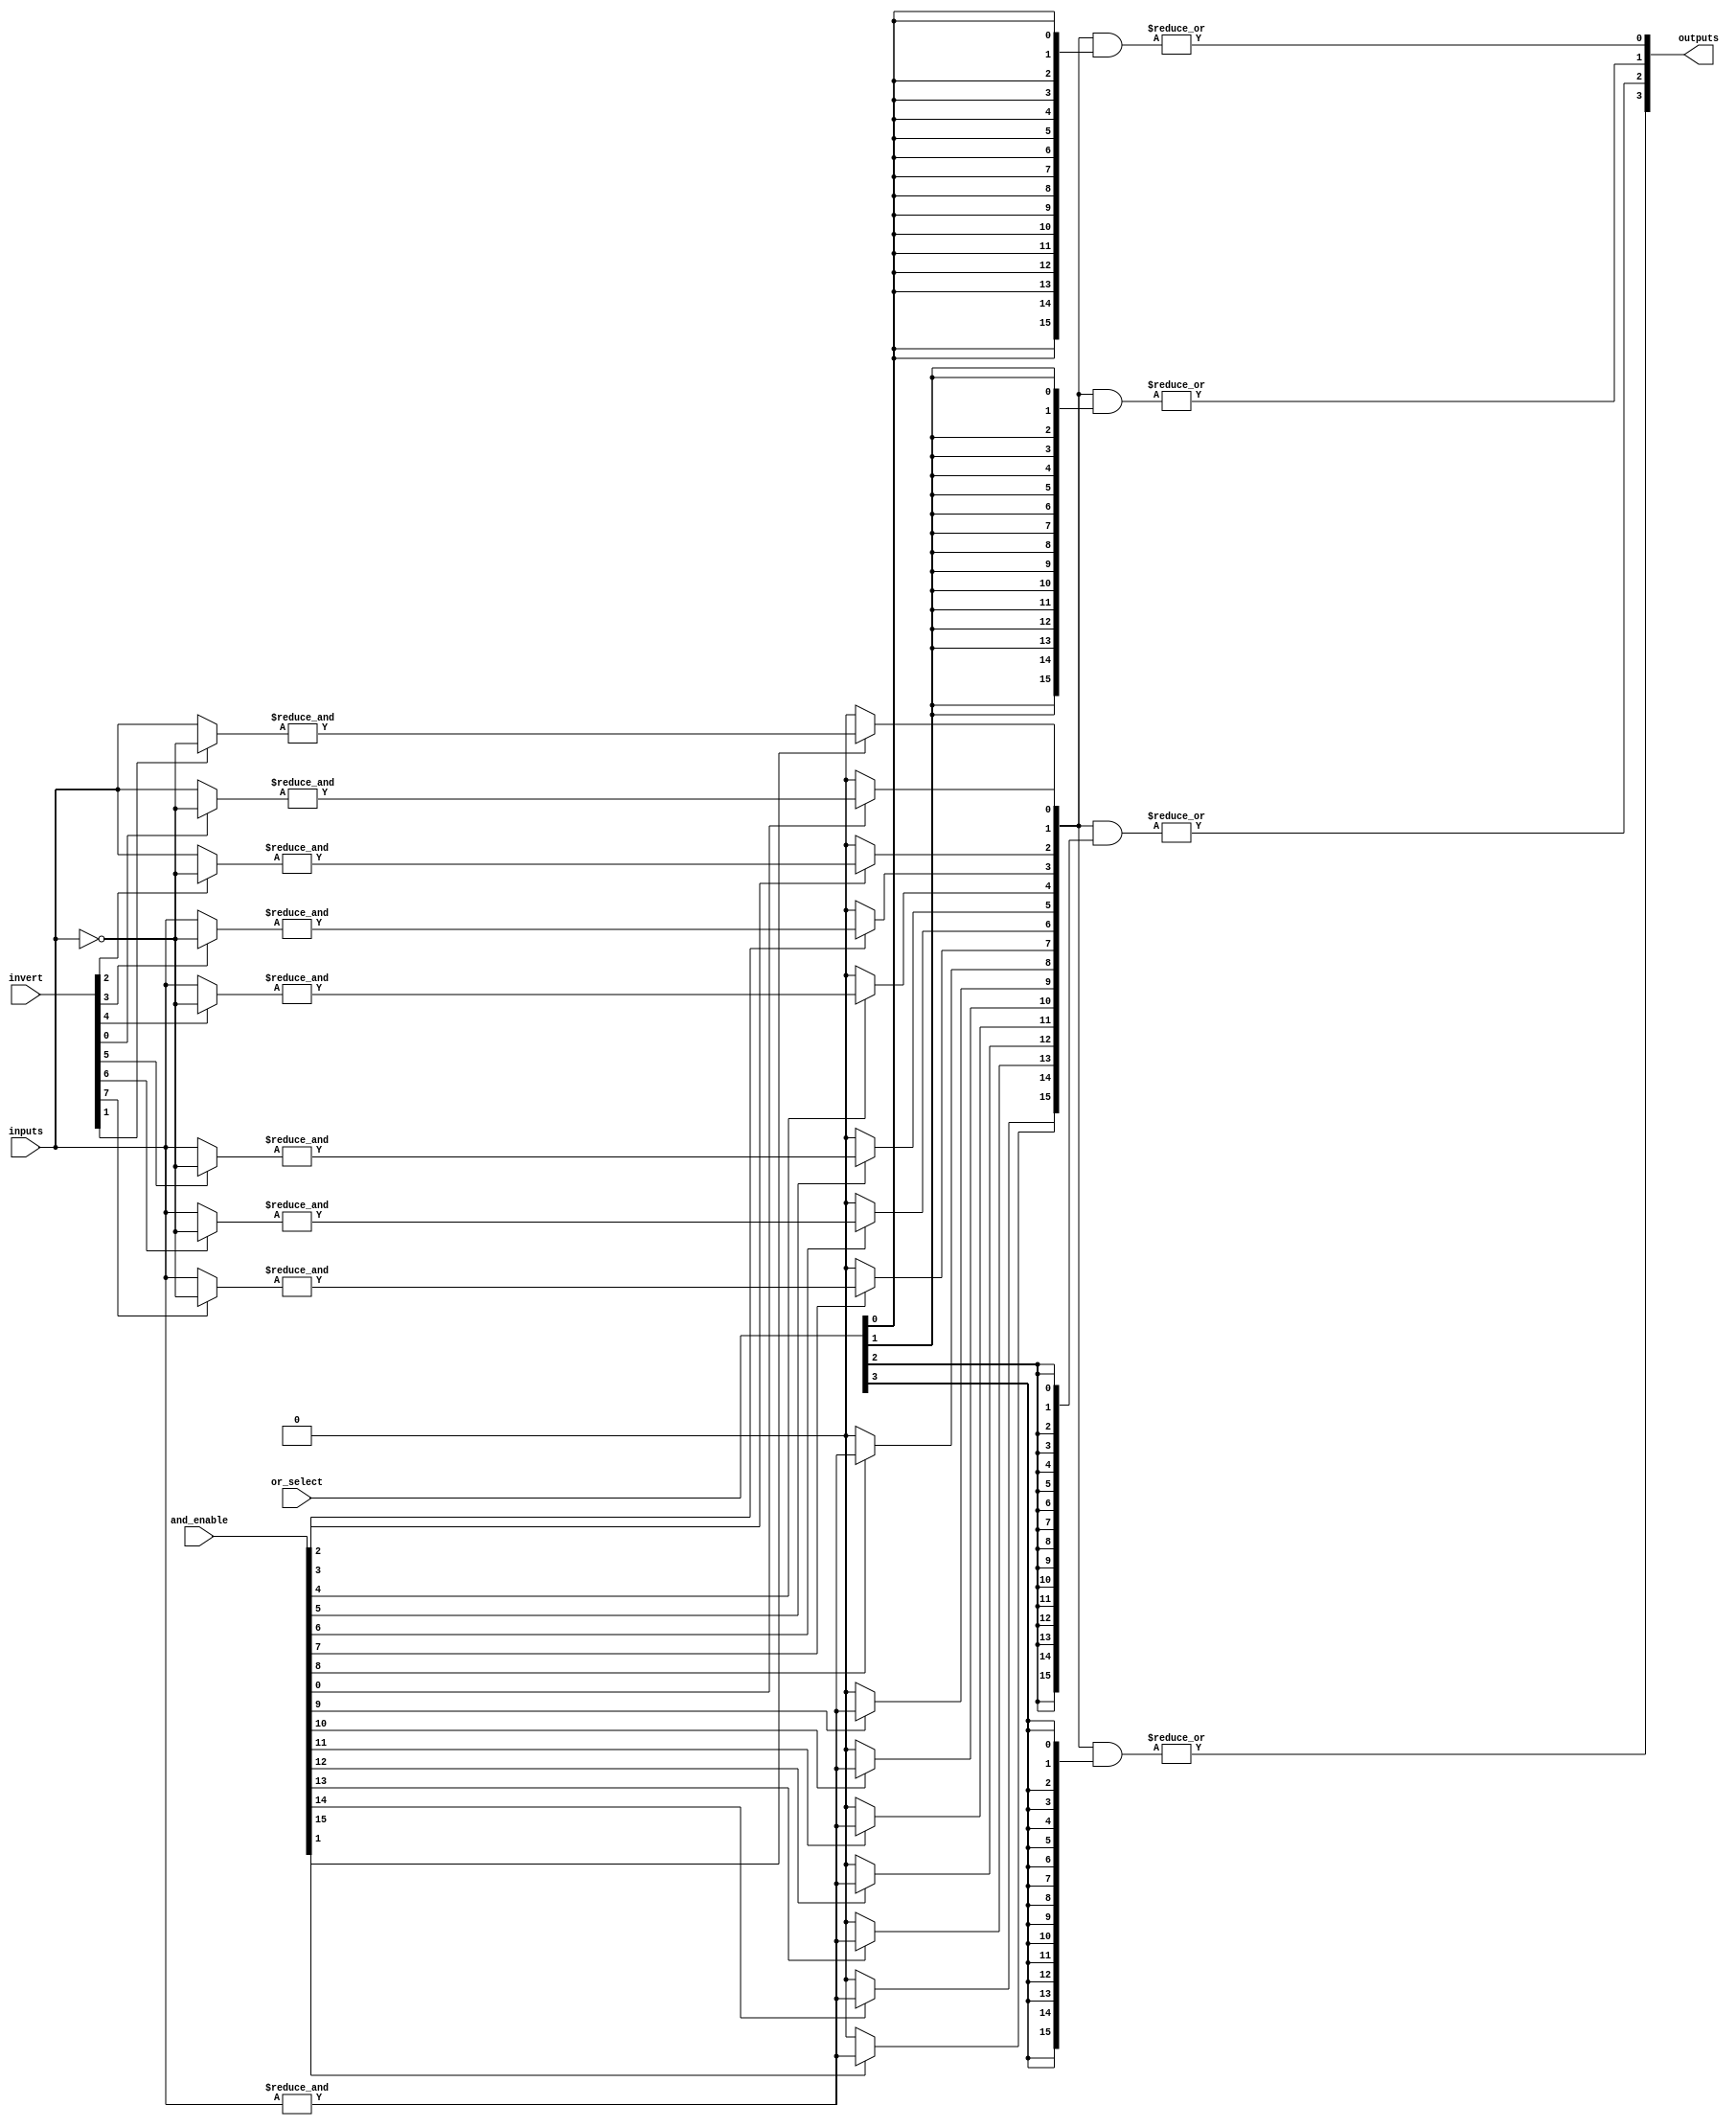
module GPAL #(
    parameter NUM_INPUTS = 8,       // Number of inputs
    parameter NUM_AND_GATES = 16,    // Number of AND gates
    parameter NUM_OR_GATES = 4        // Number of OR gates
)(
    input wire [NUM_INPUTS-1:0] inputs, // Input signals
    input wire [NUM_INPUTS-1:0] invert, // Inversion control for inputs
    input wire [NUM_AND_GATES-1:0] and_enable, // Enable signals for AND gates
    input wire [NUM_AND_GATES-1:0] or_select, // Select signals for OR gates
    output wire [NUM_OR_GATES-1:0] outputs // Output signals
);

    // Internal wires for AND gate outputs
    wire [NUM_AND_GATES-1:0] and_outputs;

    // AND Plane: Generate product terms
    genvar i, j;
    generate
        for (i = 0; i < NUM_AND_GATES; i = i + 1) begin : and_gate
            wire [NUM_INPUTS-1:0] and_inputs;
            assign and_inputs = (invert[i] ? ~inputs : inputs); // Apply inversion if needed
            assign and_outputs[i] = and_enable[i] ? &and_inputs : 1'b0; // AND operation
        end
    endgenerate

    // OR Plane: Sum the product terms
    generate
        for (j = 0; j < NUM_OR_GATES; j = j + 1) begin : or_gate
            wire [NUM_AND_GATES-1:0] or_inputs;
            assign or_inputs = and_outputs & {NUM_AND_GATES{or_select[j]}}; // Select AND outputs
            assign outputs[j] = |or_inputs; // OR operation
        end
    endgenerate

endmodule